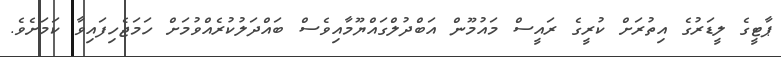
ޕާޓީގެ ލީޑަރުގެ އިތުރަށް ކުރީގެ ރައީސް މައުމޫން އަބްދުލްގައްޔޫމާއިވެސް ބައްދަލުކުރެއްވުމަށް ހަމަޖެހިފައިވާ ކަމަށެވެ.